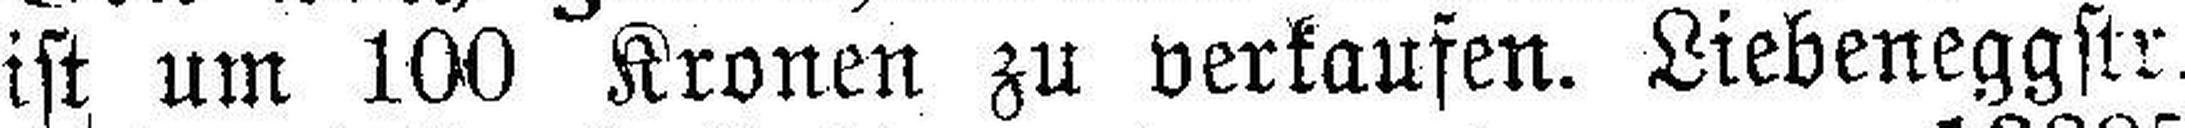
ist um 100 Kronen zu verkaufen. Liebeneggstr.